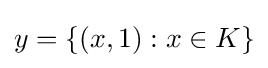
y=\{(x,1):x\in K\}